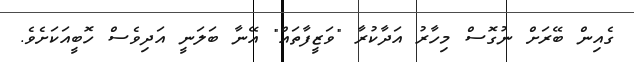
ގެއިން ބޭރަށް ނުގޮސް މިހާރު އަދާކުރާ "ވަޒީފާތައް" އޭނާ ބަލަނީ އަދިވެސް ހޮބީއަކަށެވެ.